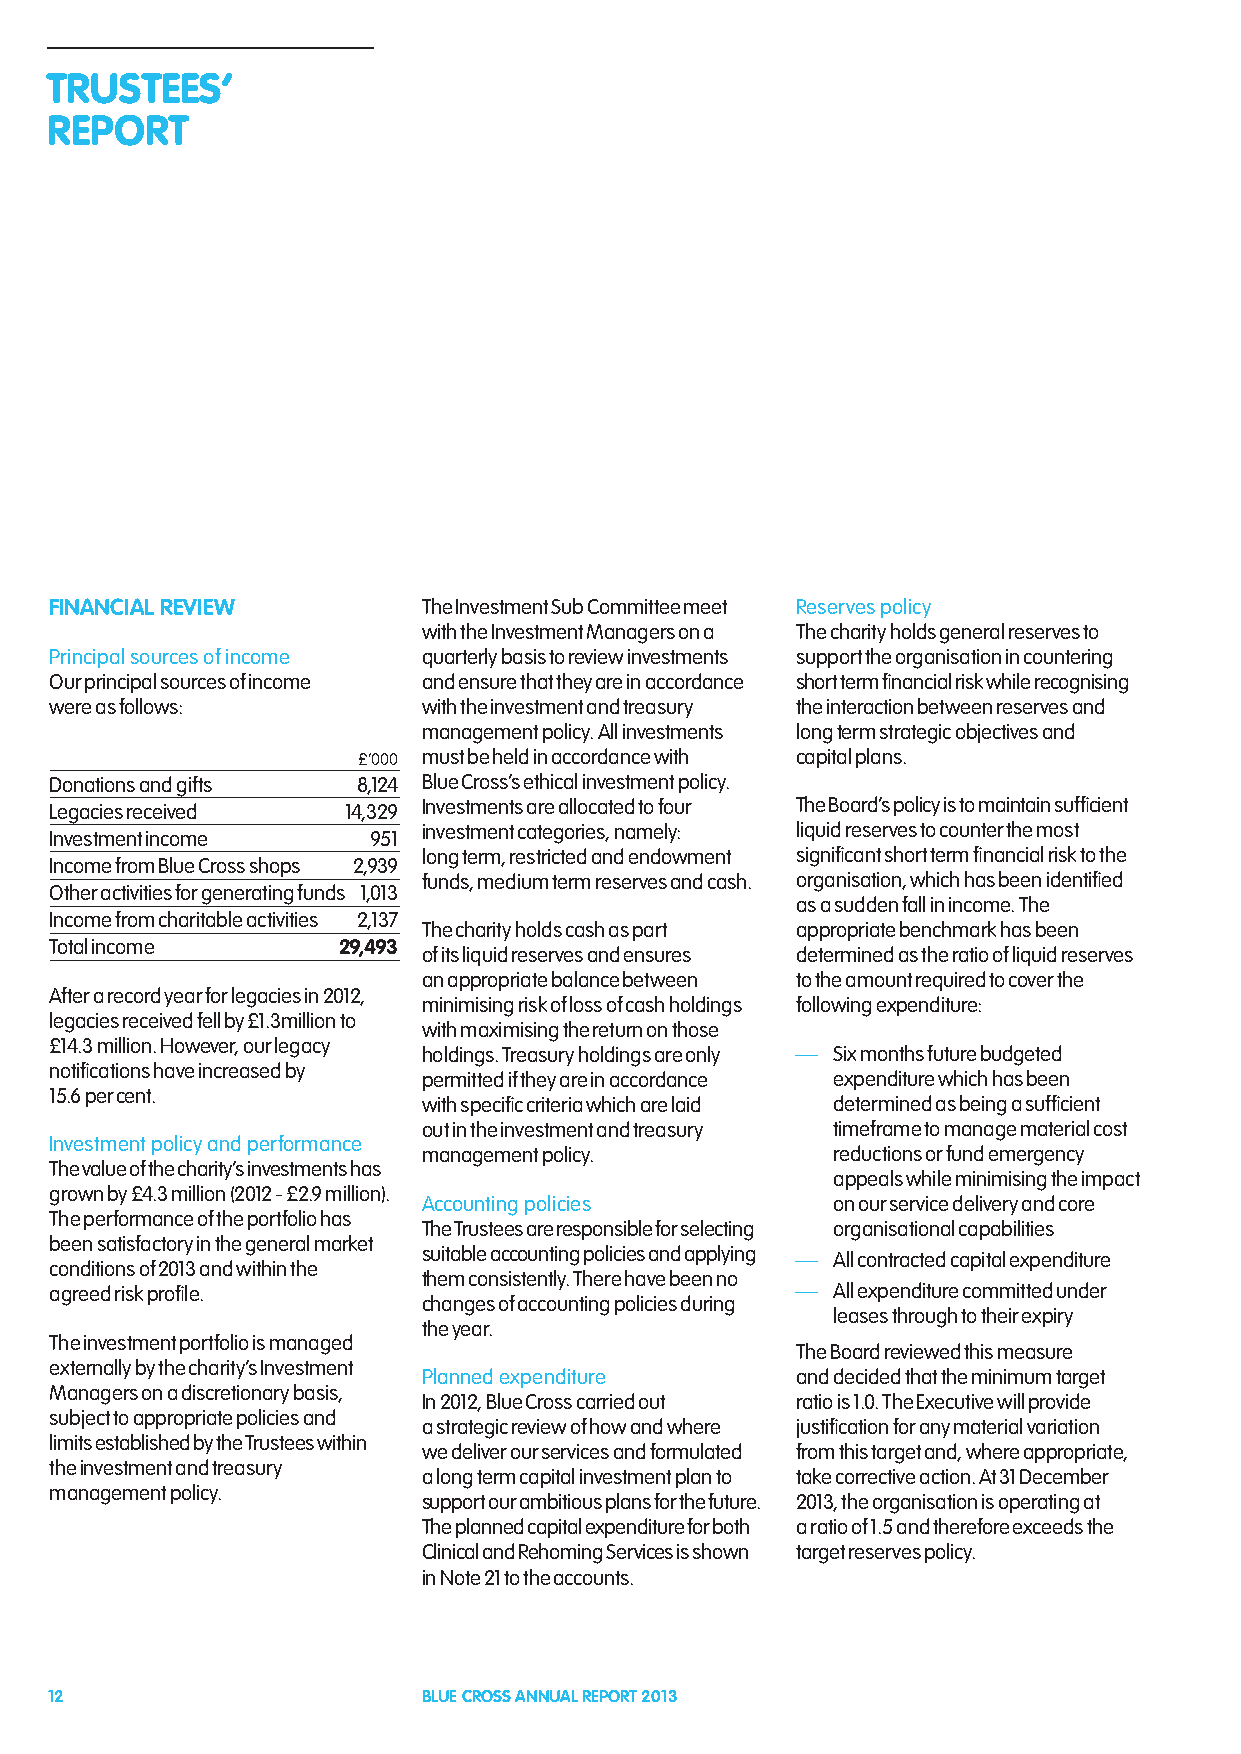
TRUSTEES’
 REPORT
 FINANCIAL REVIEW         The Investment Sub Committee meet Reserves policy
 with the Investment Managers on a The charity holds general reserves to
 Principal sources of income quarterly basis to review investments support the organisation in countering
 Our principal sources of income and ensure that they are in accordance short term financial risk while recognising
 were as follows:         with the investment and treasury the interaction between reserves and
 management policy. All investments long term strategic objectives and
 £’000 must be held in accordance with capital plans.
 Donations and gifts  8,124 Blue Cross’s ethical investment policy.
 Legacies received   14,329 Investments are allocated to four The Board’s policy is to maintain sufficient
 investment categories, namely: liquid reserves to counter the most
 Investment income    951
 long term, restricted and endowment significant short term financial risk to the
 Income from Blue Cross shops 2,939
 funds, medium term reserves and cash. organisation, which has been identified
 Other activities for generating funds 1,013
 as a sudden fall in income. The
 Income from charitable activities 2,137
 The charity holds cash as part appropriate benchmark has been
 Total income       29,493
 of its liquid reserves and ensures determined as the ratio of liquid reserves
 an appropriate balance between to the amount required to cover the
 After a record year for legacies in 2012,
 minimising risk of loss of cash holdings following expenditure:
 legacies received fell by £1.3million to
 with maximising the return on those
 £14.3 million. However, our legacy
 holdings. Treasury holdings are only — Six months future budgeted
 notifications have increased by
 permitted if they are in accordance expenditure which has been
 15.6 per cent.
 with specific criteria which are laid determined as being a sufficient
 out in the investment and treasury timeframe to manage material cost
 Investment policy and performance
 management policy.         reductions or fund emergency
 The value of the charity’s investments has
 appeals while minimising the impact
 grown by £4.3 million (2012 - £2.9 million).
 Accounting policies        on our service delivery and core
 The performance of the portfolio has
 The Trustees are responsible for selecting organisational capabilities
 been satisfactory in the general market
 suitable accounting policies and applying — All contracted capital expenditure
 conditions of 2013 and within the
 them consistently. There have been no
 agreed risk profile.                              — All expenditure committed under
 changes of accounting policies during
 leases through to their expiry
 the year.
 The investment portfolio is managed
 The Board reviewed this measure
 externally by the charity’s Investment
 Planned expenditure      and decided that the minimum target
 Managers on a discretionary basis,
 In 2012, Blue Cross carried out ratio is 1.0. The Executive will provide
 subject to appropriate policies and
 a strategic review of how and where justification for any material variation
 limits established by the Trustees within
 we deliver our services and formulated from this target and, where appropriate,
 the investment and treasury
 a long term capital investment plan to take corrective action. At 31 December
 management policy.
 support our ambitious plans for the future. 2013, the organisation is operating at
 The planned capital expenditure for both a ratio of 1.5 and therefore exceeds the
 Clinical and Rehoming Services is shown target reserves policy.
 in Note 21 to the accounts.
 12                       BLUE CROSS ANNUAL REPORT 2013